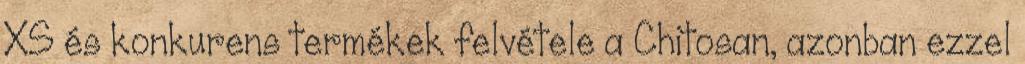
XS és konkurens termékek felvétele a Chitosan, azonban ezzel